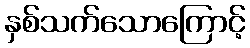
နှစ်သက်သောကြောင့်